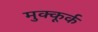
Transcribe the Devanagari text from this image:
मुक्कूर्क